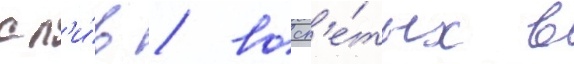
сл'и́в / восп'е́тых в